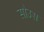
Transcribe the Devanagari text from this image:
सौउस